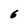
Character: 6